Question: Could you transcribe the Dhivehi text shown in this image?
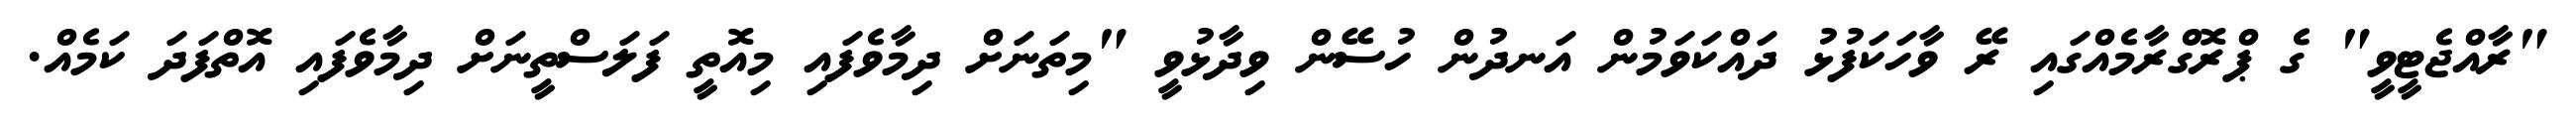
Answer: "ރާއްޖެޓީވީ" ގެ ޕްރޮގްރާމެއްގައި ރޭ ވާހަކަފުޅު ދައްކަވަމުން އަނދުން ހުސޭން ވިދާޅުވީ "މިތަނަށް ދިމާވެފައި މިއޮތީ ފަލަސްތީނަށް ދިމާވެފައި އޮތްފަދަ ކަމެއް.